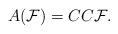
LaTeX: \begin{align*}A({\cal F})=CC{\cal F}.\end{align*}